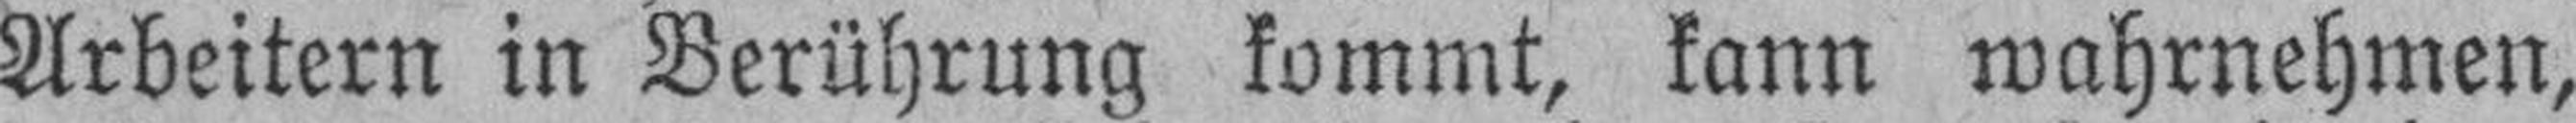
Arbeitern in Berührung kommt, kann wahrnehmen,